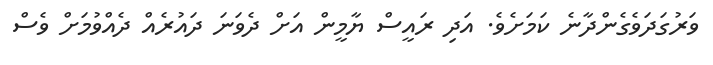
ވަރުގަދަވެގެންދާނެ ކަމަށެވެ. އަދި ރައީސް ޔާމީން އަށް ދެވަނަ ދައުރެއް ދެއްވުމަށް ވެސް